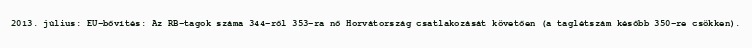
2013. július: EU-bővítés: Az RB-tagok száma 344-ről 353-ra nő Horvátország csatlakozását követően (a taglétszám később 350-re csökken).